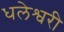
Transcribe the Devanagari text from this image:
धलेश्वरी